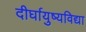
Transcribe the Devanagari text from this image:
दीर्घायुष्यविद्या